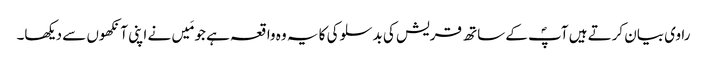
راوی بیان کرتے ہیں آپؐ کے ساتھ قریش کی بدسلوکی کا یہ وہ واقعہ ہے جو مَیں نے اپنی آنکھوں سے دیکھا۔